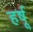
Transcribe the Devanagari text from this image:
हर्षू